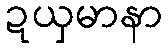
ဍယှမာနာ